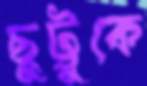
ছুট্টুকে